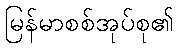
မြန်မာစစ်အုပ်စု၏